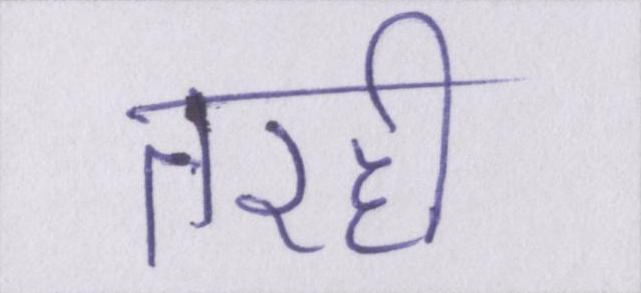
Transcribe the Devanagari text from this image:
तरही